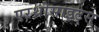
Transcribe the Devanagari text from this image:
एरथ्रोसाइट्स